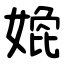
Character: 嫓